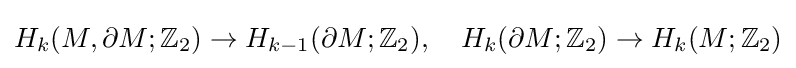
H_{k}(M,\partial M;\mathbb {Z} _{2})\to H_{k-1}(\partial M;\mathbb {Z} _{2}),\quad H_{k}(\partial M;\mathbb {Z} _{2})\to H_{k}(M;\mathbb {Z} _{2})